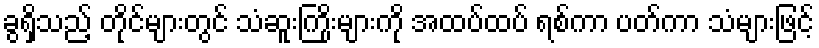
ခွရှိသည့် တိုင်များတွင် သံဆူးကြိုးများကို အထပ်ထပ် ရစ်ကာ ပတ်ကာ သံများဖြင့်